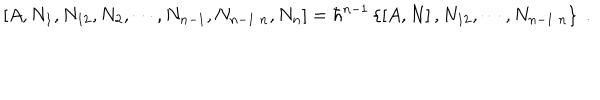
\left[ A , N _ { 1 } , N _ { 1 2 } , N _ { 2 } , \cdots , N _ { n - 1 } , N _ { n - 1 \; n } , N _ { n } \right] = \hbar ^ { n - 1 } \left\{ \left[ A , N \right] , N _ { 1 2 } , \cdots , N _ { n - 1 \; n } \right\} \; .